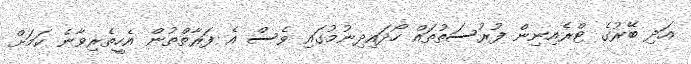
އަދި ބޭރުގެ ޓްރެއިނިން ފުރުސަތުތައް ހޯދައިދިނުމުގައި ވެސް އެ ފަރާތްތުން އެހީތެރިވާނެ ކަމަށް